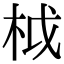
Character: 𣐋